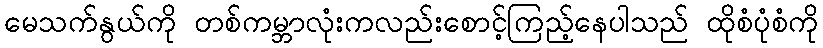
မေသက်နွယ်ကို တစ်ကမ္ဘာလုံးကလည်းစောင့်ကြည့်နေပါသည် ထိုစံပုံစံကို